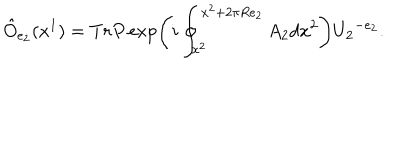
LaTeX: \hat { O } _ { e _ { 2 } } ( x ^ { 1 } ) = T r P \exp \left( i \oint _ { x ^ { 2 } } ^ { x ^ { 2 } + 2 \pi R e _ { 2 } } A _ { 2 } d x ^ { 2 } \right) { U _ { 2 } } ^ { - e _ { 2 } } .